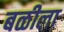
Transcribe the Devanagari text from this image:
बळीला